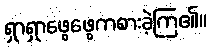
ရှာရှာဖွေဖွေကစားခဲ့ကြ၏။